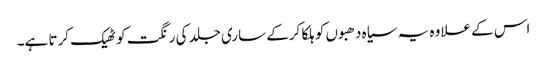
اس کے علاوہ یہ سیاہ دھبوں کو ہلکا کرکے ساری جلد کی رنگت کو ٹھیک کرتا ہے۔